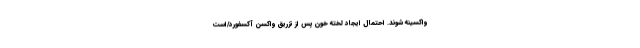
واکسینه شوند. احتمال ایجاد لخته خون پس از تزریق واکسن آکسفورد/است